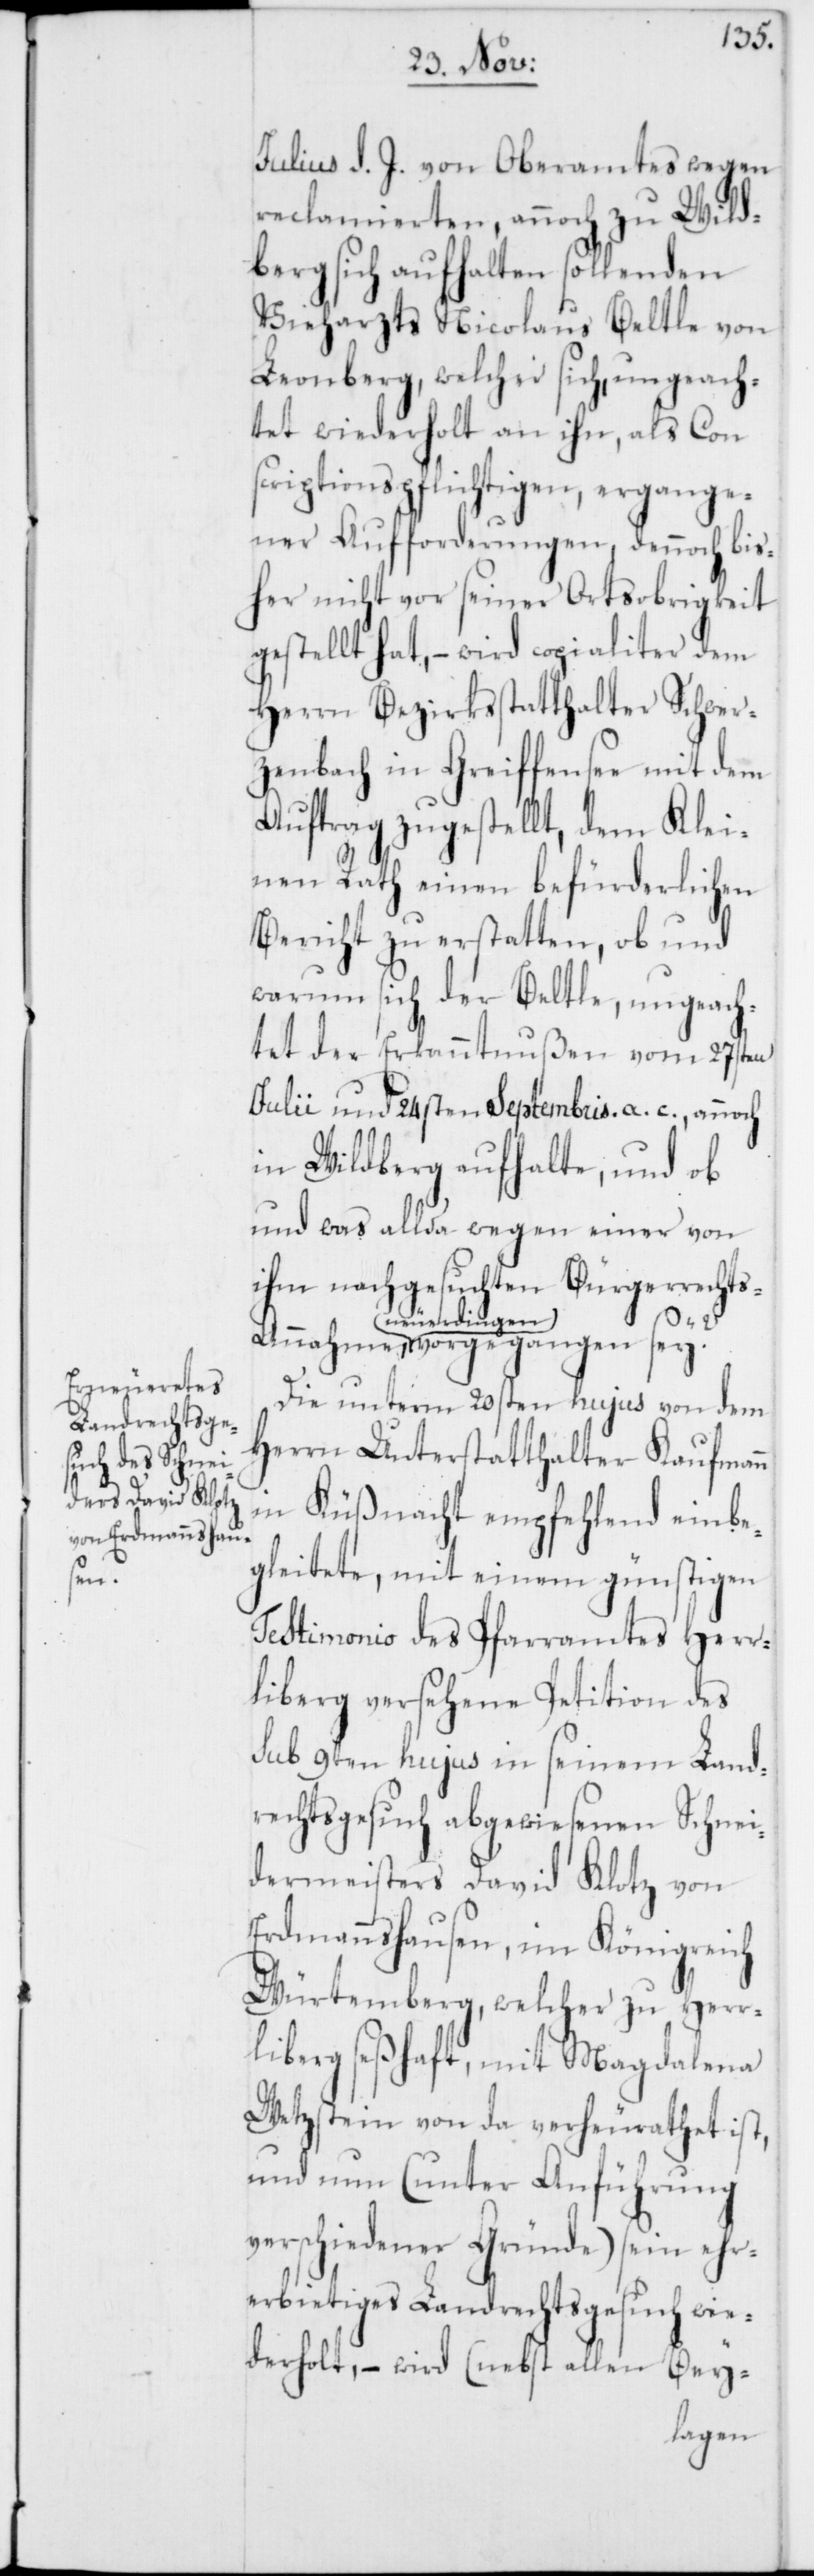
nahme

Julius d. J. von Oberamtes wegen
reclamierten, annoch zu Wild¬
berg sich aufhalten sollenden
Vieharzts Nicolaus Beltle von
Leonberg, welcher sich, ungeach¬
tet wiederholt an ihn, als Con¬
scripitionspflichtigen, ergange¬
ner Aufforderungen, dennoch bis¬
her nicht vor seiner Ortsobrigkeit
gestellt hat, – wird copialiter dem
Herrn Bezirksstatthalter Schwer¬
zenbach in Greiffensee mit dem
Auftrag zugestellt, dem Klei¬
nen Rath einen befürderlichen
Bericht zu erstatten, ob und
warum sich der Beltle, ungeach¬
tet der Erkantnußen vom 27sten
Julii und 24sten Septembris a. c., annoch
in Wildberg aufhalte, und ob
und was allda wegen einer von
ihm nachgesuchten Bürgerrecht¬
neuerdi¬
ngen vorgegangen sey?
Die unterm 20sten hujus von dem
Herrn Unterstatthalter Kaufmann
in Küßnacht empfehlend einbe¬
gleitete, mit einem günstigen
Testimonio des Pfarramtes Herr¬
liberg versehene Petition des
sub 9ten hujus in seinem Land¬
rechtsgesuch abgewiesenen Schnei¬
dermeisters David Klotz von
Erdmannshausen, im Königreich
Würtemberg, welcher zu Herr¬
liberg seßhaft, mit Magdalena
Wetzstein von da verheurathet ist,
und nun (unter Anführung
verschiedener Gründe) sein ehr¬
erbietiges Landrechtsgesuch wie¬
derholt, – wird (nebst allen Bey-